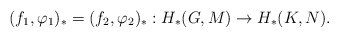
\begin{align*}(f_{1}, \varphi_{1})_{*} = (f_{2}, \varphi_{2})_{*} : H_{*}(G,M) \rightarrow H_{*}(K,N).\end{align*}